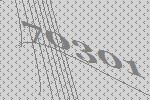
70301